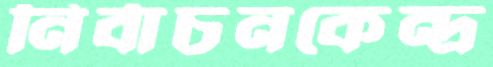
নির্বাচনকেন্দ্র